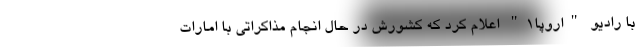
با رادیو "اروپا۱" اعلام کرد که کشورش در حال انجام مذاکراتی با امارات